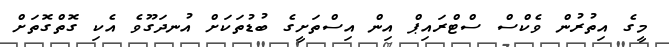
މީގެ އިތުރުން ވެކްސް ސްޓްރައިޕް އިން އިސްތަށީގެ ބުޑުތަކަށް އުނދަގޫވެ އެކި ގޮތްގޮތަށް